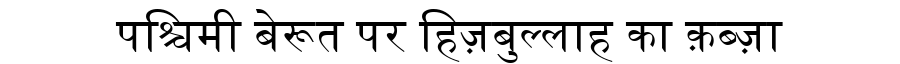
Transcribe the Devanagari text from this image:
पश्चिमी बेरूत पर हिज़बुल्लाह का क़ब्ज़ा